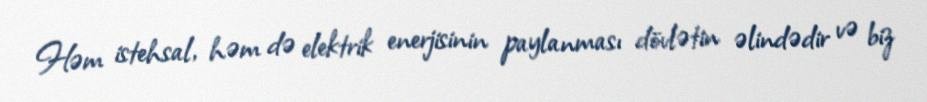
Həm istehsal, həm də elektrik enerjisinin paylanması dövlətin əlindədir və biz